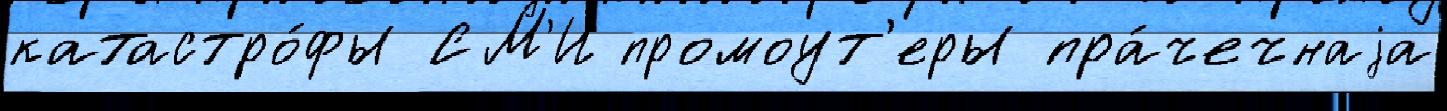
катастро́фы СМ'И промоут'еры пра́чечнаjа